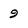
Character: 9